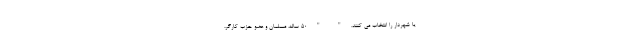
یا شهردار را انتخاب می کنند. " " 50 ساله، مسلمان و عضو حزب کارگر،